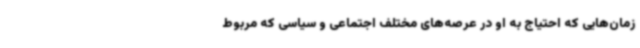
زمان‌هایی که احتیاج به او در عرصه‌های مختلف اجتماعی و سیاسی که مربوط